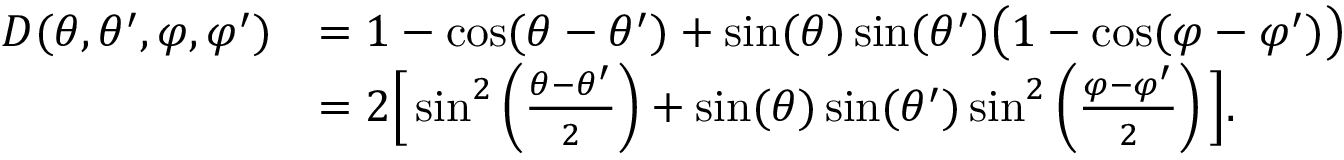
\begin{array} { r l } { D ( \theta , \theta ^ { \prime } , \varphi , \varphi ^ { \prime } ) } & { = 1 - \cos ( \theta - \theta ^ { \prime } ) + \sin ( \theta ) \sin ( \theta ^ { \prime } ) \big ( 1 - \cos ( \varphi - \varphi ^ { \prime } ) \big ) } \\ & { = 2 \Big [ \sin ^ { 2 } \left( \frac { \theta - \theta ^ { \prime } } { 2 } \right) + \sin ( \theta ) \sin ( \theta ^ { \prime } ) \sin ^ { 2 } \left( \frac { \varphi - \varphi ^ { \prime } } { 2 } \right) \Big ] . } \end{array}